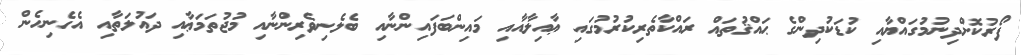
ފޯރުކޮށްދިނުމުގައްޔާއި ކުޑަކުދިންގެ ޙައްޤުތައް ރައްކާތެރިކުރުމުގައި ޢާއިލާއާއި މައިންބަފައިންނާއި ބެލެނިވެރިންނާއި މުޖުތަމަޢާއި ދައުލަތާއި އެހެނިހެން